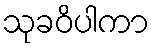
သုခဝိပါကာ